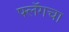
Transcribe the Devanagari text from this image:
फ्लॅगचा